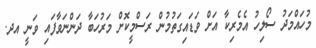
މުހައްމަދު ސޯލިހު އެމެރިކާ އަށް ވަޑައިގަތުމުން ރަސްމީކޮށް މަރުހަބާ ދަންނަވާފައި ވަނީ އދ.